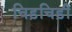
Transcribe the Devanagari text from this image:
चिड़चिड़ी